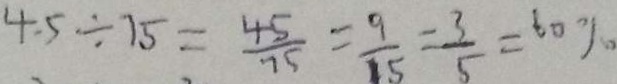
4 . 5 \div 7 5 = \frac { 4 5 } { 7 5 } = \frac { 9 } { 1 5 } = \frac { 3 } { 5 } = 6 0 \%